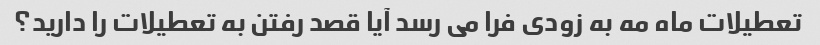
تعطیلات ماه مه به زودی فرا می رسد آیا قصد رفتن به تعطیلات را دارید؟